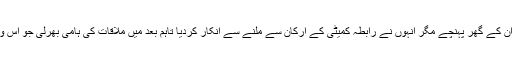
دوسری جانب رابطہ کمیٹی کے ارکان کامران ٹیسوری، وسیم اختر اور نسرین جلیل فاروق ستار کو منانے ان کے گھر پہنچے مگر انہوں نے رابطہ کمیٹی کے ارکان سے ملنے سے انکار کردیا تاہم بعد میں ملاقات کی ہامی بھرلی جو اس وقت جاری ہے جس میں ایم کیو ایم کے وفد کی جانب سے فاروق ستار کو منانے کی کوشش کی جاری ہے۔